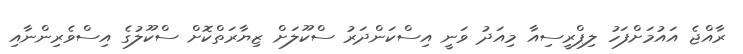
ރާއްޖެ އައުމަށްފަހު ލިޕްރީސިއާ މިއަދު ވަނީ އިސްކަންދަރު ސްކޫލަށް ޒިޔާރަތްކޮށް ސްކޫލުގެ އިސްވެރިންނާއި